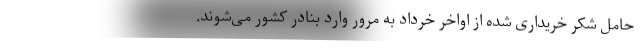
حامل شکر خریداری شده از اواخر خرداد به مرور وارد بنادر کشور می‌شوند.